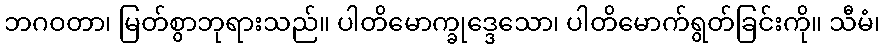
ဘဂဝတာ၊ မြတ်စွာဘုရားသည်။ ပါတိမောက္ခုဒ္ဒေသော၊ ပါတိမောက်ရွတ်ခြင်းကို။ သီမံ၊